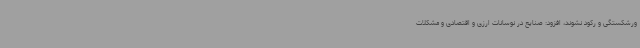
ورشکستگی و رکود نشوند، افزود: صنایع در نوسانات ارزی و اقتصادی و مشکلات